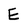
Character: E